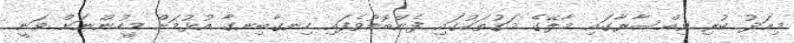
މިއަދު ކުރި ވިއްސާރާގައި މާލޭގެ މަގުތަކުގައި ފެންބޮޑުވެފައި ހިނގާބިނގާ އުޅުމަށް މީހުންނަށް ވަނީ